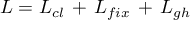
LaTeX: { \cal L } = { \cal L } _ { c l } \, + \, { \cal L } _ { f i x } \, + \, { \cal L } _ { g h }